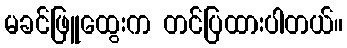
မခင်ဖြူထွေးက တင်ပြထားပါတယ်။